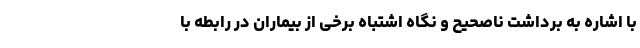
با اشاره به برداشت ناصحیح و نگاه اشتباه برخی از بیماران در رابطه با